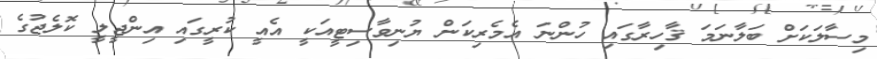
މިސާލަކަށް ބަލާނަމަ ޤާހިރާގައި ހުންނަ އެމެރިކަން ޔުނިވާސިޓީއަކީ އެއީ ކުރީގައި އިންޖީލީ ކޮލެޖުގެ